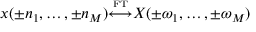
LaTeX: x ( \pm n _ { 1 } , \ldots , \pm n _ { M } ) { \overset { \underset { \mathrm { F T } } { } } { \longleftrightarrow } } X ( \pm \omega _ { 1 } , \ldots , \pm \omega _ { M } )